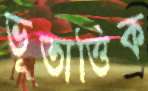
ভূতাত্তিক